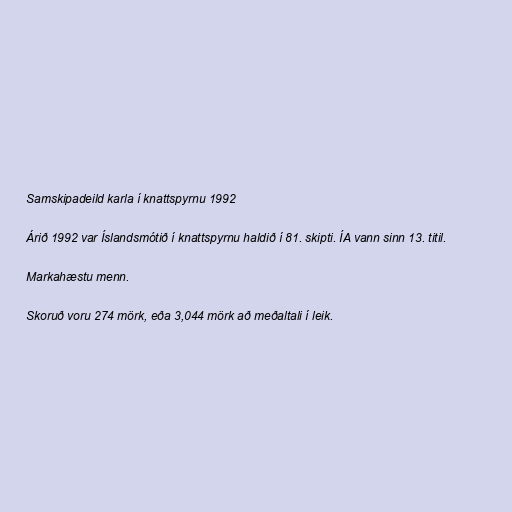
Samskipadeild karla í knattspyrnu 1992

Árið 1992 var Íslandsmótið í knattspyrnu haldið í 81. skipti. ÍA vann sinn 13. titil.

Markahæstu menn.

Skoruð voru 274 mörk, eða 3,044 mörk að meðaltali í leik.